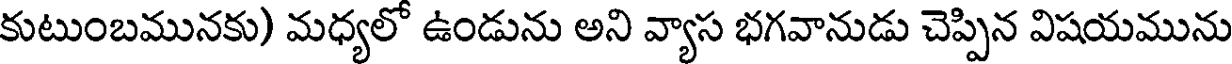
కుటుంబమునకు) మధ్యలో ఉండును అని వ్యాస భగవానుడు చెప్పిన విషయమును